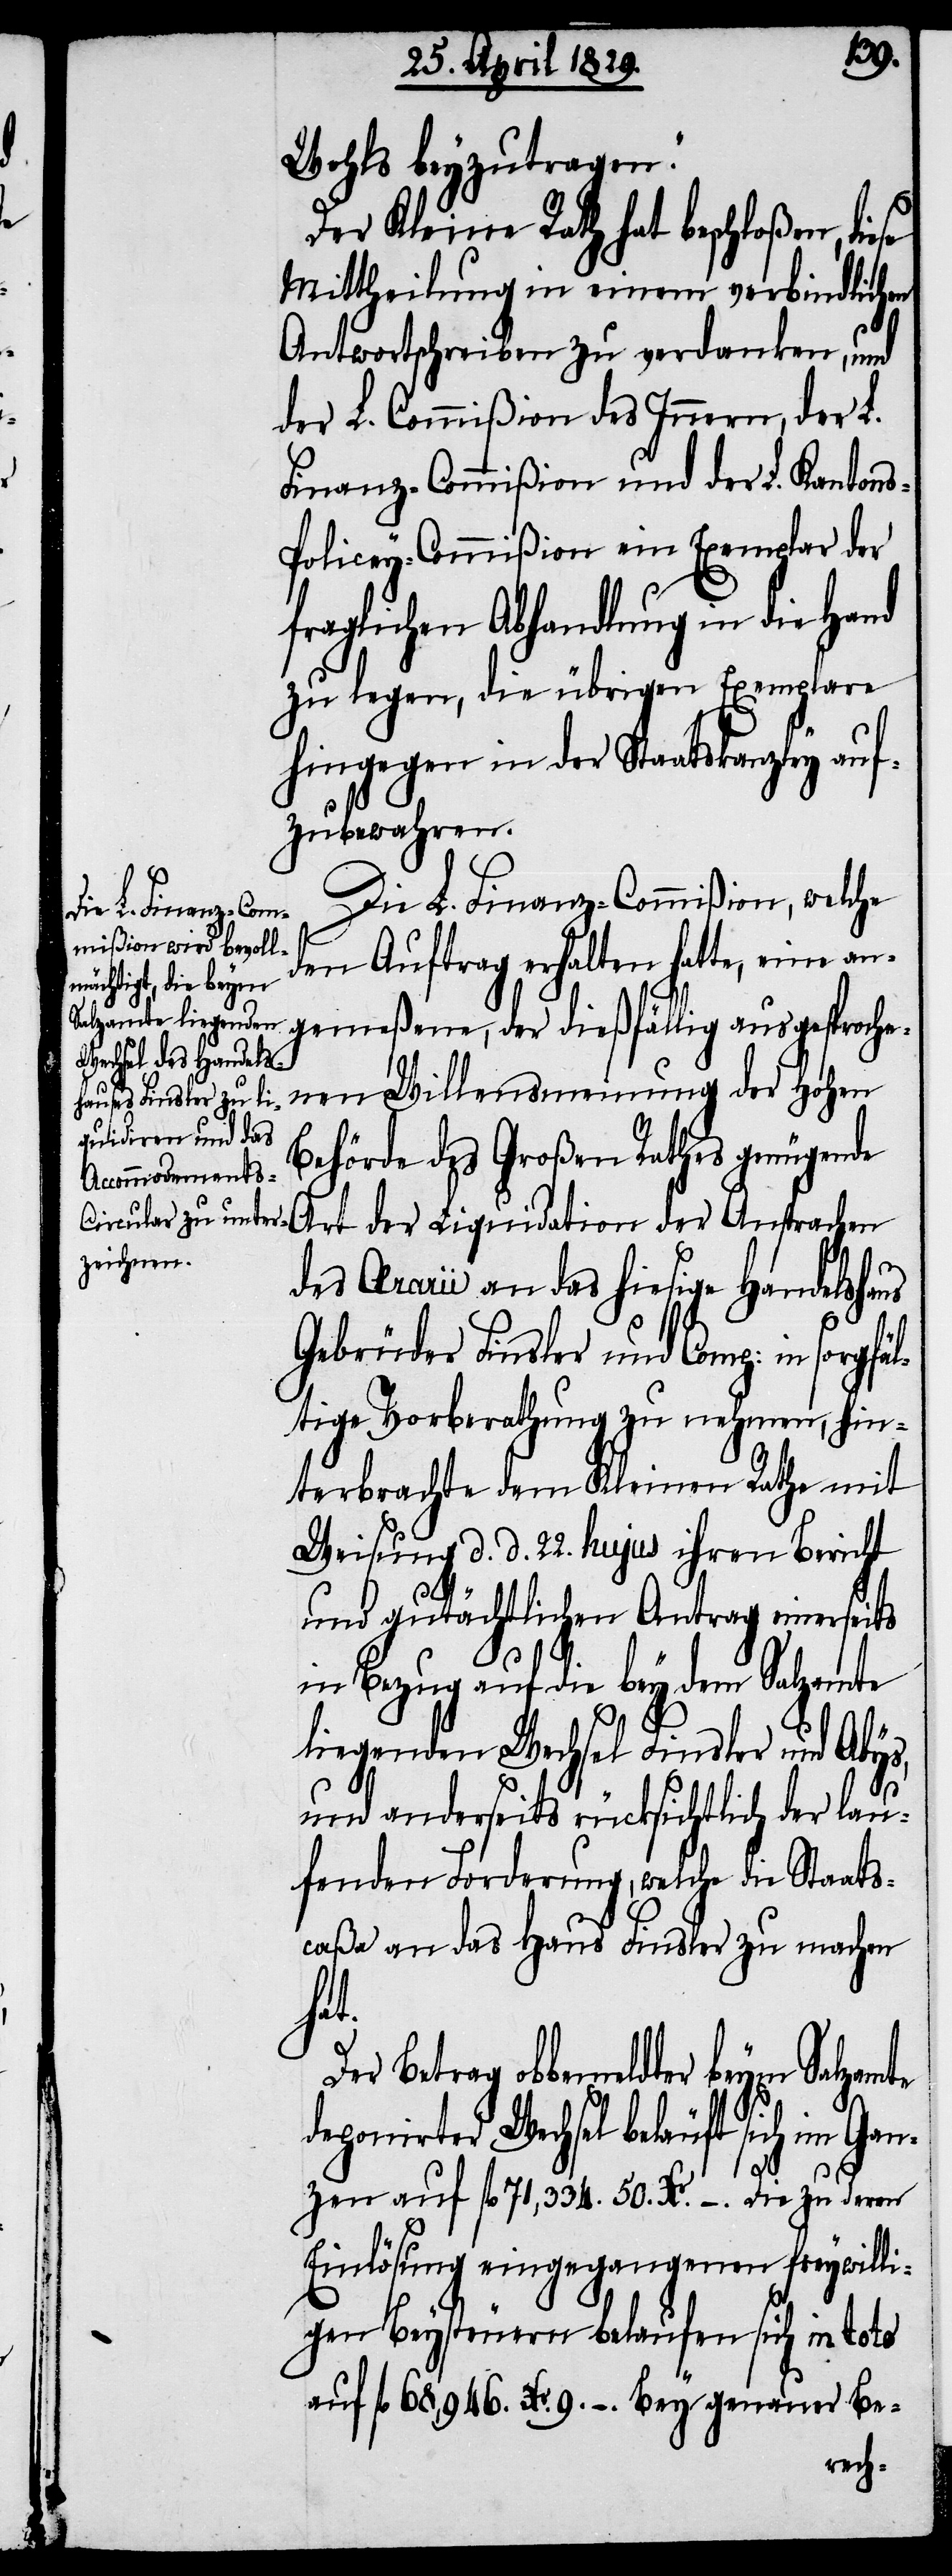
Wohls beyzutragen.
Der Kleine Rath hat beschloßen, diese
Mittheilung in einem verbindlichen
Antwortschreiben zu verdanken, und
der L. Commißion des Innern, der L.
Finanz-Commißion und der L. Kanton¬
s-Policey-Commißion ein Exemplar der
fraglichen Abhandlung in die Hand
zu legen, die übrigen Exemplare
hingegen in der Staatskanzley auf¬
zubewahren.
Die L. Finanz-Commißion, welche
den Auftrag erhalten hatte, eine an¬
gemeßene, der dießfällig ausgesproche¬
nen Willensmeinung der Hohen
Behörde des Großen Rathes genügende
Art der Liquidation der Ansprachen
des Aerarii an das hiesige Handelshaus
Gebrüder Finsler und Comp: in sorgf¬
ältige Vorberathung zu nehmen, hin¬
terbrachte dem Kleinen Rathe mit
Weisung d. d. 22. hujus ihren Bericht
und gutächtlichen Antrag einerseits
in Bezug auf die bey dem Salzamte
liegenden Wechsel Finsler und Abys,
und anderseits rücksichtlich der lau¬
fenden Forderung, welche die Staats¬
caßa an das Haus Finsler zu machen
hat.
Der Betrag obbemeldter beym Salzamte
deponirter Wechsel beläuft sich im Ga¬
nzen auf fl. 71,334. 50. Xr. –. Die zu deren
Einlösung eingegangenen freywilli¬
gen Beysteuern belaufen sich in toto
auf fl. 68,946. Xr. 9. –. Bey genauer Be-